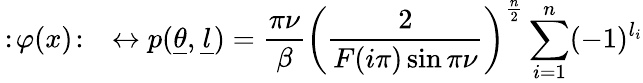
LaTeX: \, :\! \varphi(x)\! :\quad\leftrightarrow p(\underline{{{\theta}}},\underline{{{l}}})=\frac{\pi\nu}{\beta}\left(\frac{2}{F(i\pi)\sin\pi\nu}\right)^{\frac{n}{2}}\sum_{i=1}^{n}(-1)^{l_{i}}